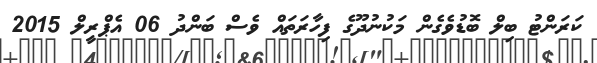
ކަރަންޓު ބިލް ބޮޑުވެގެން މަކުނުދޫގެ ފިހާރަތައް ވެސް ބަންދު 06 އެޕްރީލް 2015